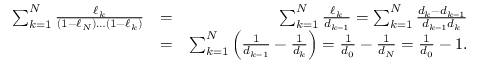
\begin{array} { r l r } { \sum _ { k = 1 } ^ { N } \frac { \ell _ { k } } { ( 1 - \ell _ { N } ) \ldots ( 1 - \ell _ { k } ) } } & { = } & { \sum _ { k = 1 } ^ { N } \frac { \ell _ { k } } { d _ { k - 1 } } = \sum _ { k = 1 } ^ { N } \frac { d _ { k } - d _ { k - 1 } } { d _ { k - 1 } d _ { k } } } \\ & { = } & { \sum _ { k = 1 } ^ { N } \Big ( \frac { 1 } { d _ { k - 1 } } - \frac { 1 } { d _ { k } } \Big ) = \frac { 1 } { d _ { 0 } } - \frac { 1 } { d _ { N } } = \frac { 1 } { d _ { 0 } } - 1 . } \end{array}